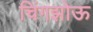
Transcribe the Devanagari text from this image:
चिंगझोऊ